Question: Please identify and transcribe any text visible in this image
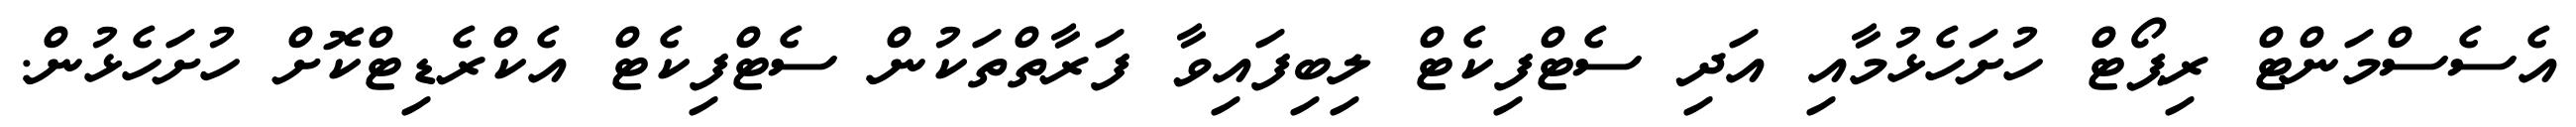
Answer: އެސެސްމަންޓް ރިޕޯޓް ހުށަހެޅުމާއި އަދި ސެޓްފިކެޓް ލިބިފައިވާ ފަރާތްތަކުން ސެޓްފިކެޓް އެކްރެޑިޓްކޮށް ހުށަހެޅުން.